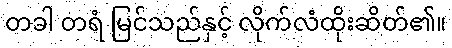
တခါ တရံ မြင်သည်နှင့် လိုက်လံထိုးဆိတ်၏။